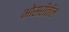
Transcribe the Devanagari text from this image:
भोसरीतील